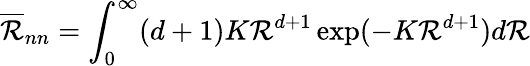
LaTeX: {\overline{{\mathcal{R}}}}_{nn}=\int_{0}^{\infty}(d+1)K{\mathcal{R}}^{d+1}\exp(-K{\mathcal{R}}^{d+1})d{\mathcal{R}}